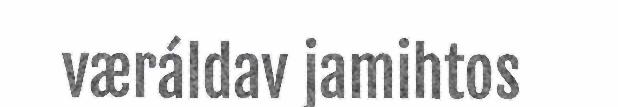
væráldav jamihtos